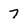
Character: 7